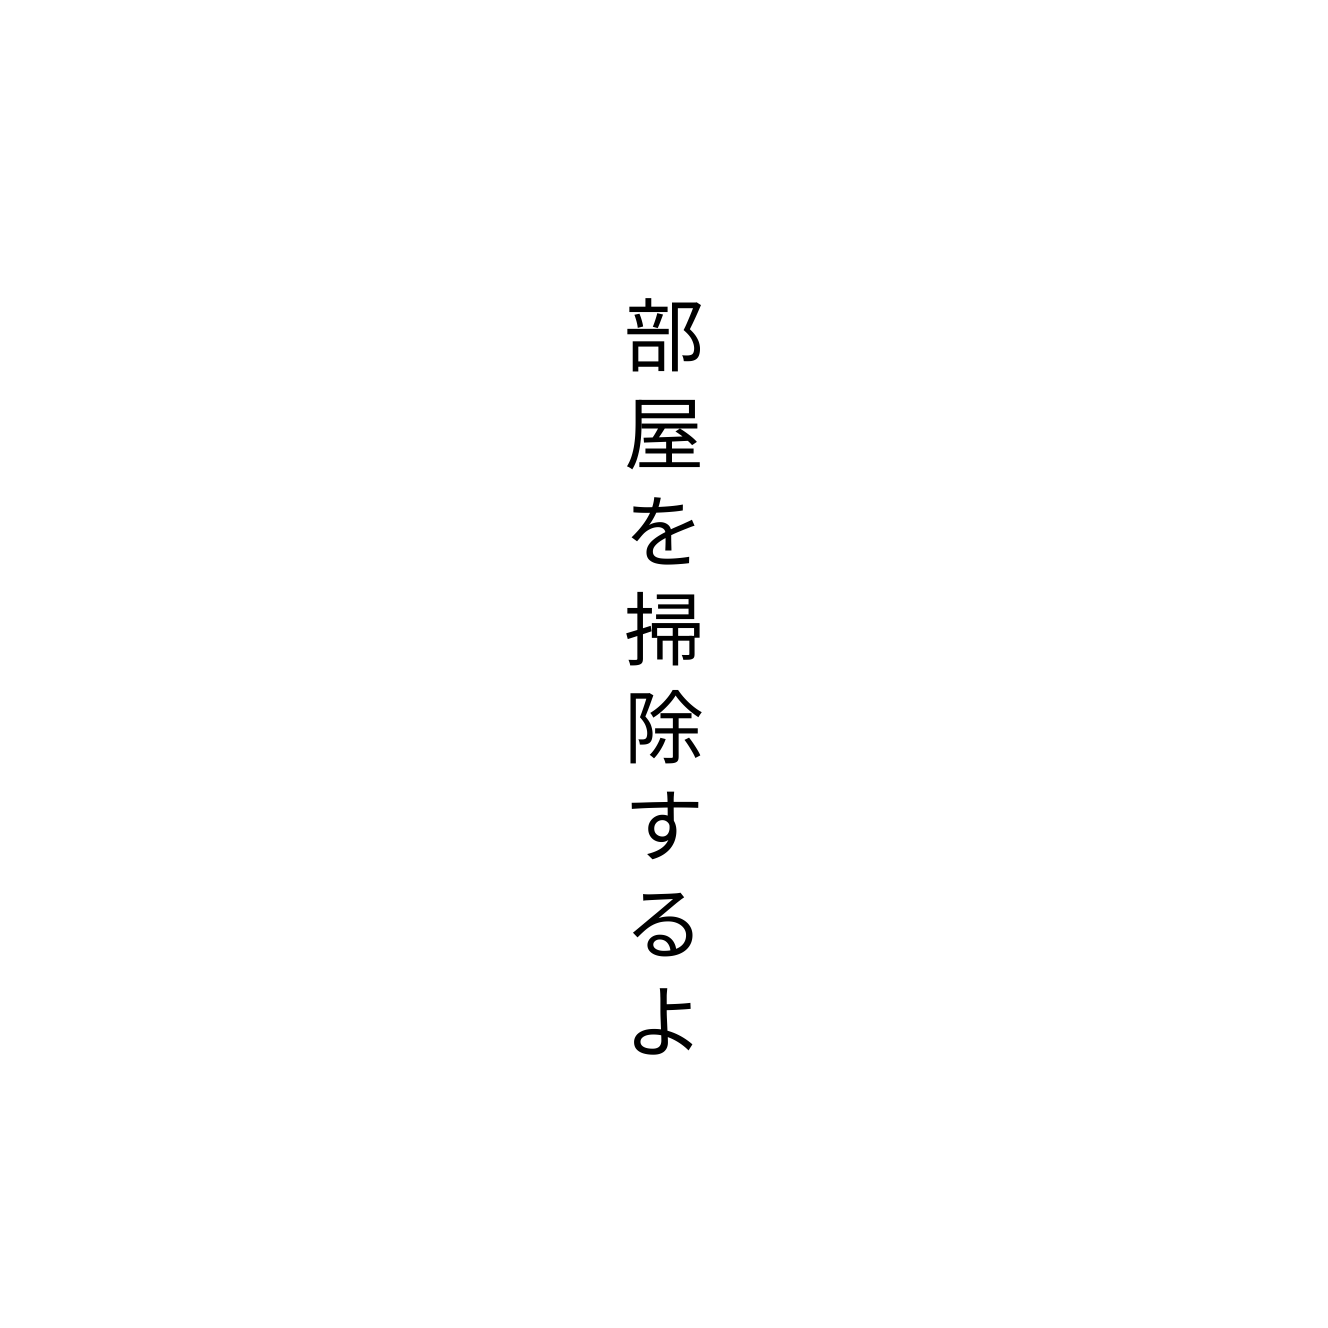
部屋を掃除するよ